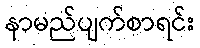
နာမည်ပျက်စာရင်း